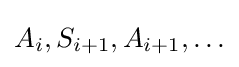
{\textstyle A_{i},S_{i+1},A_{i+1},\dots }